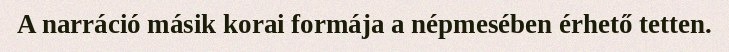
A narráció másik korai formája a népmesében érhető tetten.